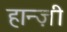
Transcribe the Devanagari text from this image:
हान्ज़ी